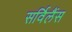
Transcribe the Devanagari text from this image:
सर्विलैंस